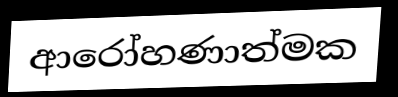
ආරෝහණාත්මක